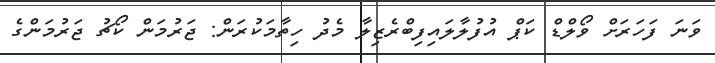
ވަނަ ފަހަރަށް ވޯލްޑް ކަޕް އުފުލާލައިފިބްރެޒިލާ މެދު ހިތާމަކުރަން: ޖަރުމަން ކޯޗު ޖަރުމަންގެ